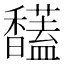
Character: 𩡤